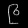
Digit: ၉